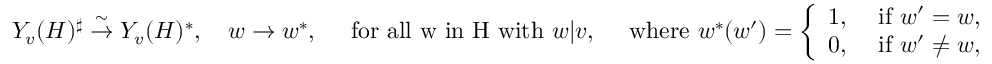
Y _ { v } ( H ) ^ { \sharp } \overset \sim \rightarrow Y _ { v } ( H ) ^ { \ast } , \quad w \to w ^ { \ast } , \quad \mathrm { ~ f o r ~ a l l ~ w ~ i n ~ H ~ w i t h ~ } w | v , \quad \mathrm { ~ w h e r e ~ } w ^ { \ast } ( w ^ { \prime } ) = \left\{ \begin{array} { l l } { 1 , } & { \mathrm { ~ i f ~ } w ^ { \prime } = w , } \\ { 0 , } & { \mathrm { ~ i f ~ } w ^ { \prime } \ne w , } \end{array} \right.